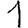
Digit: 1